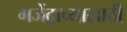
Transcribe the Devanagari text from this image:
गजेंद्राच्यासाठी